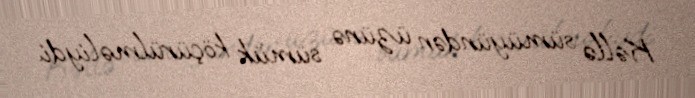
Kəllə sümüyündən üzünə sümük köçürülməliydi.